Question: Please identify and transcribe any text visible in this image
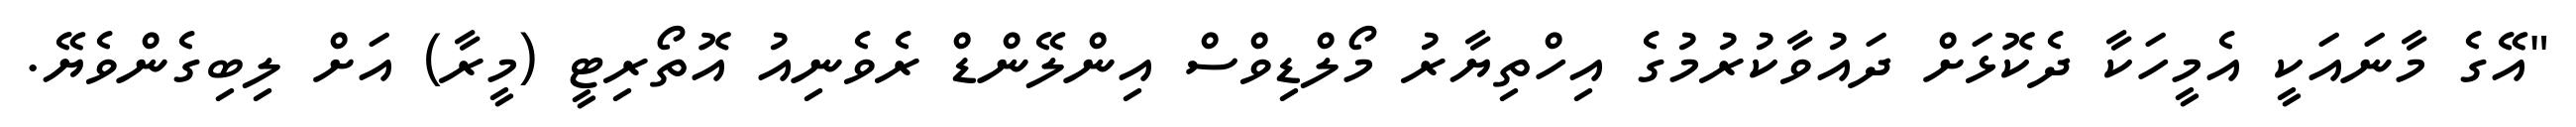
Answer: "އޭގެ މާނައަކީ އެމީހަކާ ދެކޮޅަށް ދައުވާކުރުމުގެ އިހްތިޔާރު މޯލްޑިވްސް އިންލޭންޑް ރެވެނިއު އޮތޯރިޓީ (މީރާ) އަށް ލިބިގެންވެޔޭ.